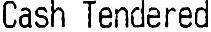
CASH TENDERED